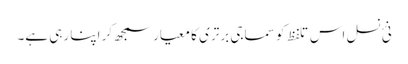
نئ نسل اس تلفظ کو سماجی برتری کا معیار سمجھ کر اپنا رہی ہے۔